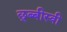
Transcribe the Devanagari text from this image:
छ्ब्बीस्वी